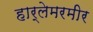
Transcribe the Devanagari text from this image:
हार्लेमरमीर